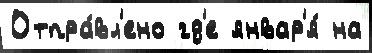
Отпра́вл'ено гд'е январ'я́ на